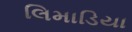
લિમાડિયા